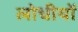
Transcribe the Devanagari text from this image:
लोधीयों